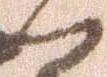
ハ